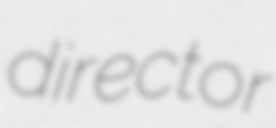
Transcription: director